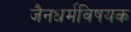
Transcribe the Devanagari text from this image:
जैनधर्मविषयक